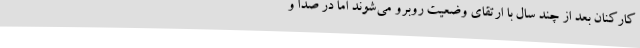
کارکنان بعد از چند سال با ارتقای وضعیت روبرو می‌شوند اما در صدا و